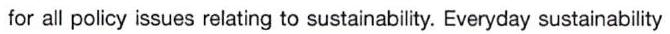
for all policy issues relating to sustainability. Everyday sustainability